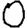
Digit: 0